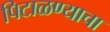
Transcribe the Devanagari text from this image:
पिटाळण्याचा